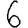
Digit: 6